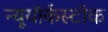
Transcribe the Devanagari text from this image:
न्यूयॉर्कस्टॉक